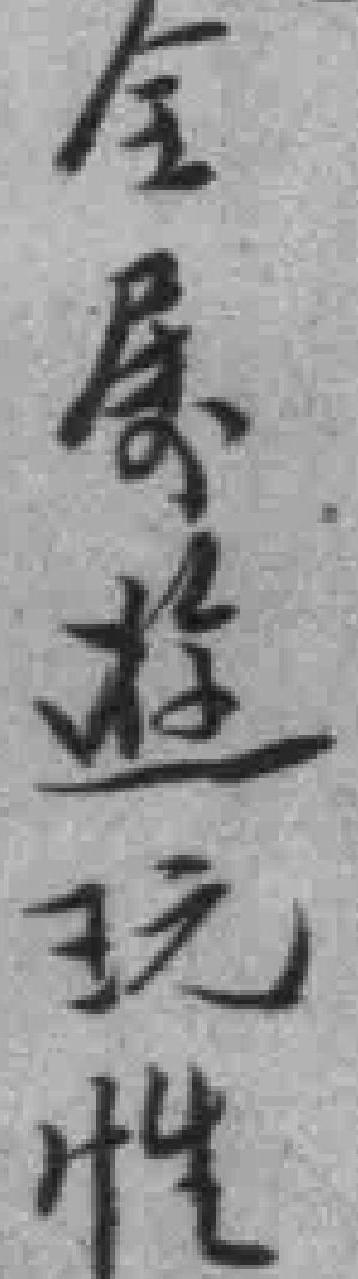
全屬遊玩性